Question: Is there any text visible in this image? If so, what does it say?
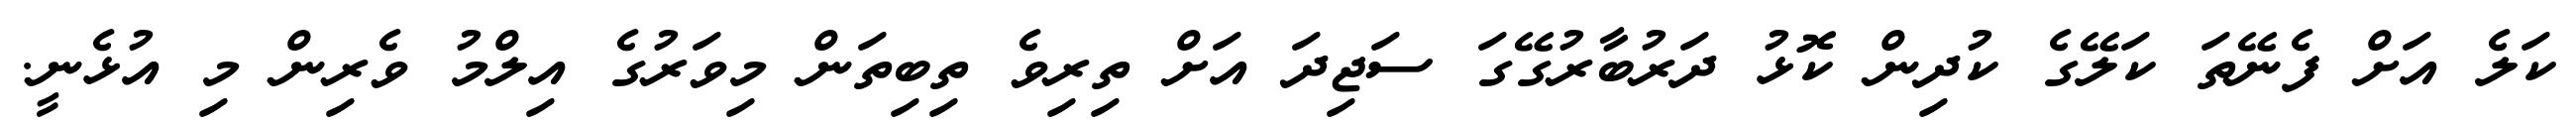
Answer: ކަލެ އަށް ފެނޭތަ ކަލޭގެ ކުދިން ކޮޅު ދަރުބާރުގޭގަ ސަޖިދަ އަށް ތިރިވެ ތިބިތަން މިވަރުގެ އިލްމު ވެރިން މި އުޅެނީ.